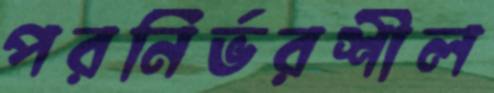
পরনির্ভরশীল